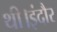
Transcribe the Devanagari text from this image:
थी।इंदौर